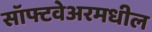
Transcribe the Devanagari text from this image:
सॉफ्टवेअरमधील